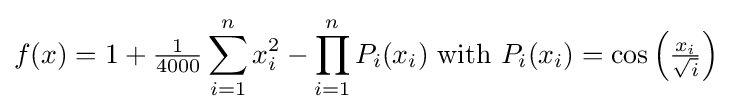
f(x)=1+{\tfrac {1}{4000}}\sum _{i=1}^{n}x_{i}^{2}-\prod _{i=1}^{n}P_{i}(x_{i}){\text{ with }}P_{i}(x_{i})=\cos \left({\tfrac {x_{i}}{\sqrt {i}}}\right)